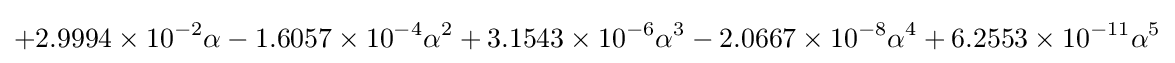
+2.9994\times 10^{-2}\alpha -1.6057\times 10^{-4}\alpha ^{2}+3.1543\times 10^{-6}\alpha ^{3}-2.0667\times 10^{-8}\alpha ^{4}+6.2553\times 10^{-11}\alpha ^{5}